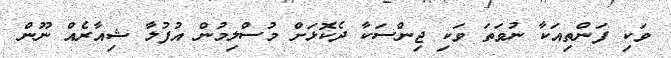
ވަކި ފަންތިއަކާ ނުވަތަ ވަކި ޖިންސަކާ ދެކޮޅަށް މުސްލިމުން އުފުލާ ޝިއާރެއް ނޫން